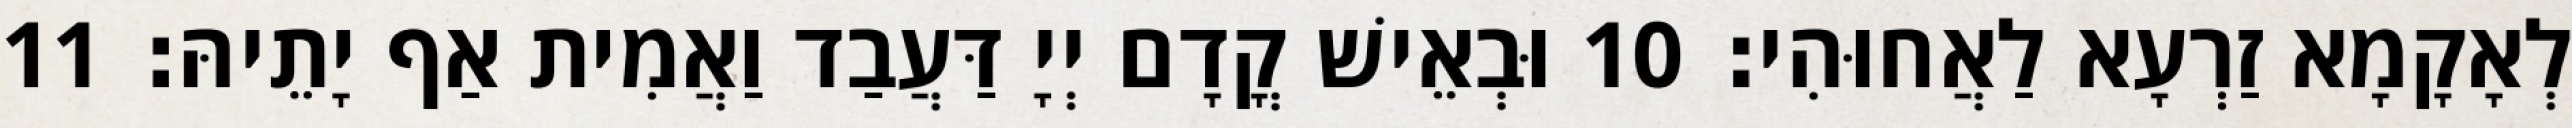
לְאָקָמָא זַרְעָא לַאֲחוּהִי׃ 10 וּבְאֵישׁ קֳדָם יְיָ דַּעֲבַד וַאֲמִית אַף יָתֵיהּ׃ 11